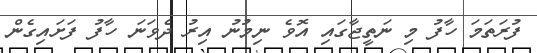
ފުރަތަމަ ހާފު މި ނަތީޖާގައި އޮވެ ނިމުނު އިރު ދެވަނަ ހާފު ފަށައިގެން